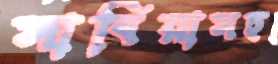
সার্বিয়াসহ